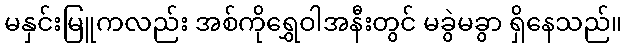
မနှင်းမြူကလည်း အစ်ကိုရွှေဝါအနီးတွင် မခွဲမခွာ ရှိနေသည်။